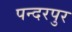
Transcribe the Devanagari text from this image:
पन्दरपुर